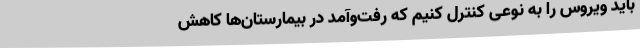
باید ویروس را به نوعی کنترل کنیم که رفت‌وآمد در بیمارستان‌ها کاهش